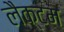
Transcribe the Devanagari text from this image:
लैक्टम